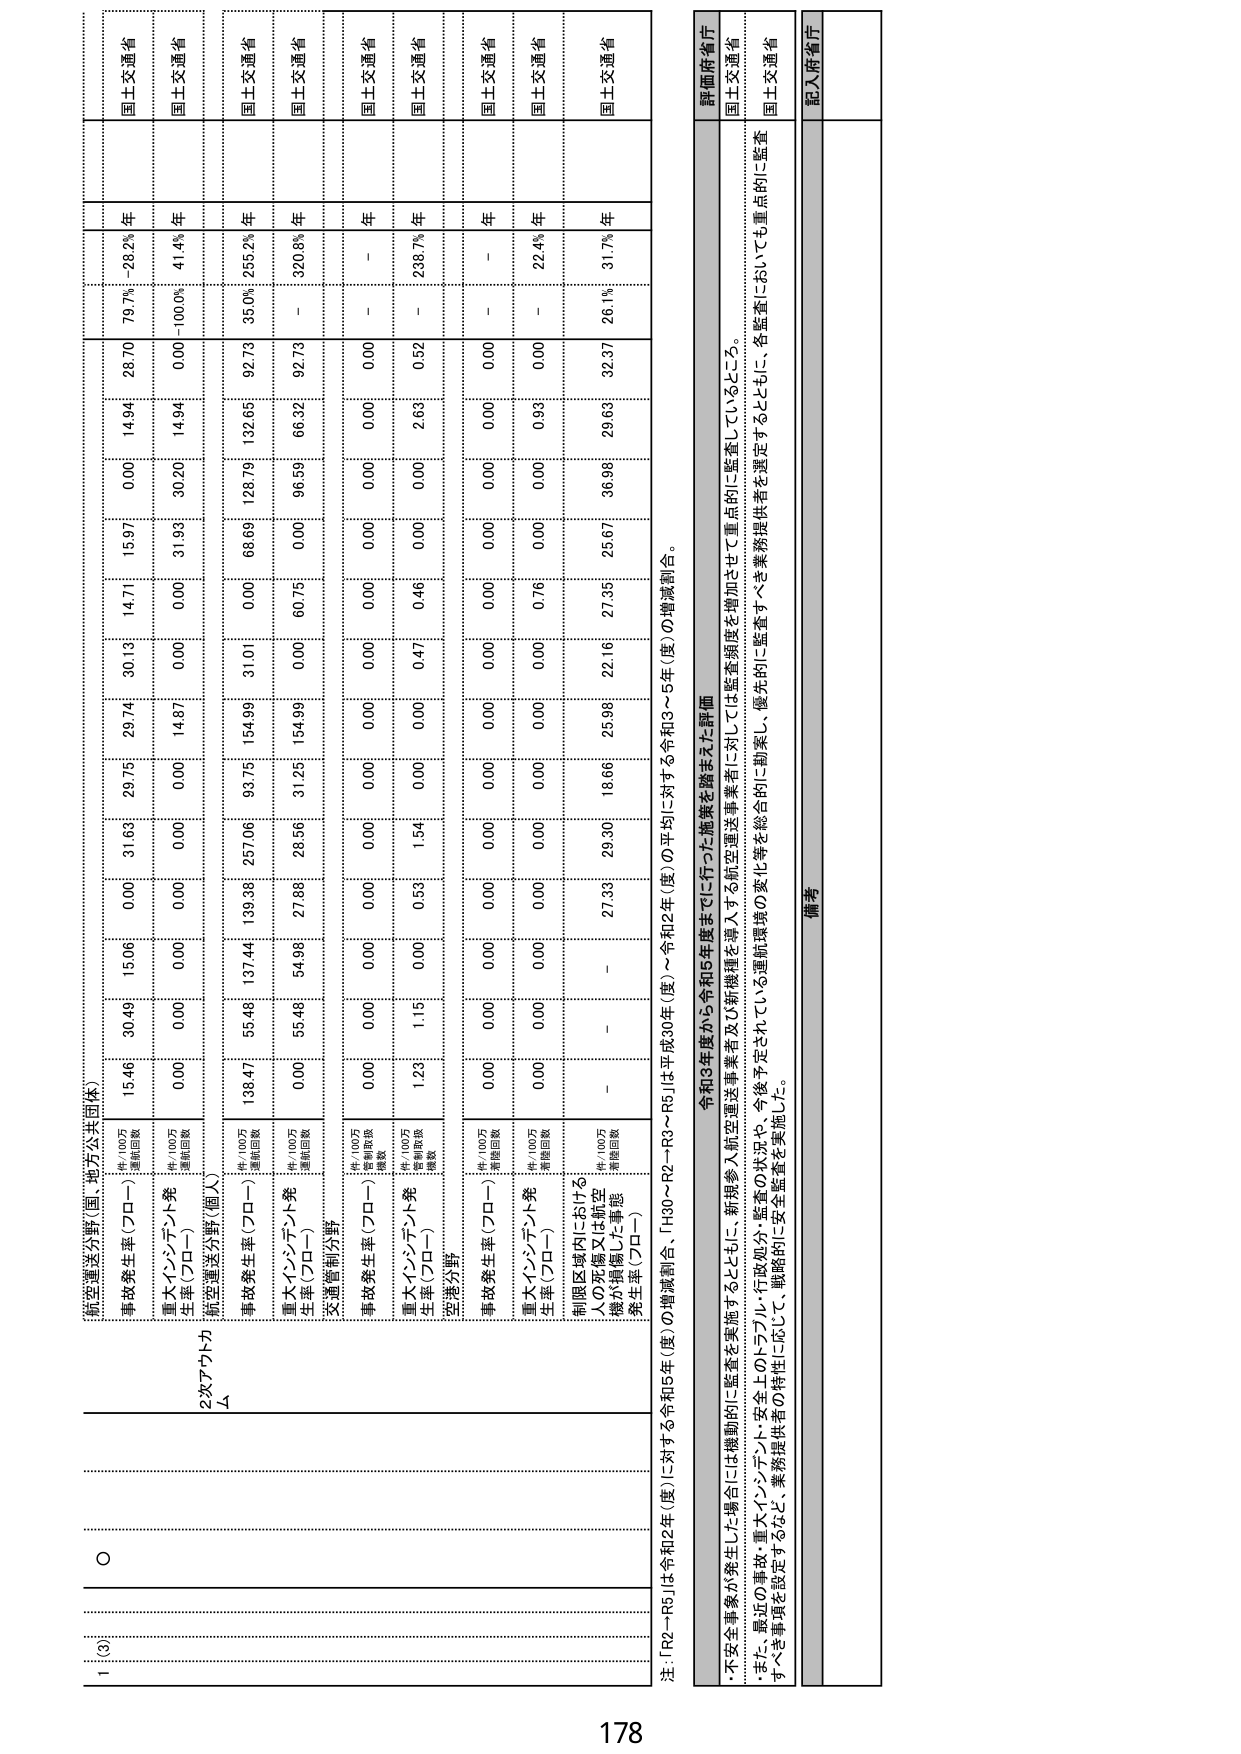
1 (3)
○
航空運送分野（国・地方公共団体）
事故発生率（プロー）
件/100万
運航回数
15.46
30.49
15.06
0.00
31.60
29.75
29.74
30.13
14.71
15.97
0.00
14.94
26.70
79.7%
28.2%
年
国土交通省
重大インシデント発生率（プロー）
件/100万
運航回数
0.00
0.00
0.00
0.00
0.00
0.00
14.87
0.00
0.00
31.99
30.20
14.94
0.00
-100.0%
41.4%
年
国土交通省
2次アウトカム
航空運送分野（個人）
事故発生率（プロー）
件/100万
運航回数
138.47
55.46
137.44
139.38
257.06
93.75
154.99
31.01
0.00
68.69
128.79
132.65
92.73
35.0%
255.2%
年
国土交通省
重大インシデント発生率（プロー）
件/100万
運航回数
0.00
55.46
54.98
27.88
28.56
31.25
154.99
0.00
60.75
0.00
96.59
66.32
92.73
-
920.8%
年
国土交通省
交通管制分野
事故発生率（プロー）
件/100万
管制総取扱数
0.00
0.00
0.00
0.00
0.00
0.00
0.00
0.00
0.00
0.00
0.00
0.00
0.00
-
-
年
国土交通省
重大インシデント発生率（プロー）
件/100万
管制総取扱数
1.29
1.15
0.00
0.53
1.54
0.00
0.00
0.47
0.46
0.00
2.63
0.52
-
-
238.7%
年
国土交通省
空港分野
事故発生率（プロー）
件/100万
着陸回数
0.00
0.00
0.00
0.00
0.00
0.00
0.00
0.00
0.00
0.00
0.00
0.00
0.00
-
-
年
国土交通省
重大インシデント発生率（プロー）
件/100万
着陸回数
0.00
0.00
0.00
0.00
0.00
0.00
0.00
0.00
0.76
0.00
0.93
0.00
-
-
22.4%
年
国土交通省
制限区域内における人の死傷又は航空機が損傷した事態発生率（プロー）
件/100万
着陸回数
-
-
-
27.33
29.30
18.66
25.98
22.16
27.36
25.67
36.98
29.63
32.37
26.1%
31.7%
年
国土交通省
注：「R2～R5」は令和2年（度）に対する令和5年（度）の増減割合、「H30～R2～R3～R5」は平成30年（度）～令和2年（度）の平均に対する令和3～5年（度）の増減割合。
・不安全事象が発生した場合には機動的に監査を実施するとともに、新規参入航空運送事業者に対しては監査頻度を増加させて重点的に監査しているところ。
・また、最近の事故・重大インシデント・安全上のトラブル・行政処分・監査の状況や、今後予定されている運航環境の変化等を総合的に勘案し、優先的に監査すべき業務提供者を選定するとともに、各監査においても重点的に監査すべき事項を設定するなど、業務提供者の特性に応じて、戦略的に安全監査を実施した。
評価府省庁
国土交通省
国土交通省
国土交通省
備考
記入府省庁
178